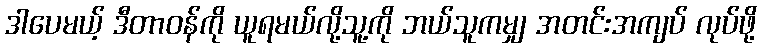
ဒါပေမယ့် ဒီတာဝန်ကို ယူရမယ်လို့သူ့ကို ဘယ်သူကမျှ အတင်းအကျပ် လုပ်ဖို့